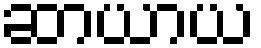
ဆာယာယ